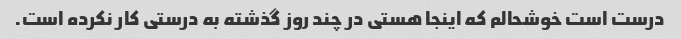
درست است خوشحالم که اینجا هستی در چند روز گذشته به درستی کار نکرده است.